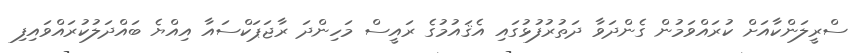
ސްރީލަންކާއަށް ކުރައްވަމުން ގެންދަވާ ދަތުރުފުޅުގައި އެޤައުމުގެ ރައީސް މަހިންދަ ރާޖަޕަކްސައާ އިއްޔެ ބައްދަލުކުރައްވައިފި